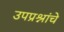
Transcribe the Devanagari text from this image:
उपप्रश्नांचे